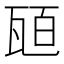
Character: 瓸